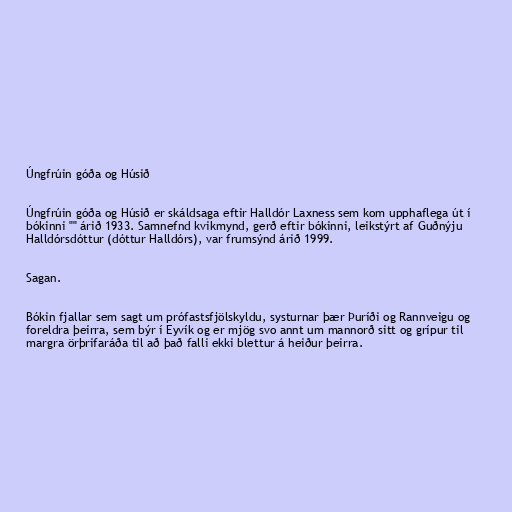
Úngfrúin góða og Húsið

Úngfrúin góða og Húsið er skáldsaga eftir Halldór Laxness sem kom upphaflega út í
bókinni "" árið 1933. Samnefnd kvikmynd, gerð eftir bókinni, leikstýrt af Guðnýju
Halldórsdóttur (dóttur Halldórs), var frumsýnd árið 1999.

Sagan.

Bókin fjallar sem sagt um prófastsfjölskyldu, systurnar þær Þuríði og Rannveigu og
foreldra þeirra, sem býr í Eyvík og er mjög svo annt um mannorð sitt og grípur til
margra örþrifaráða til að það falli ekki blettur á heiður þeirra.